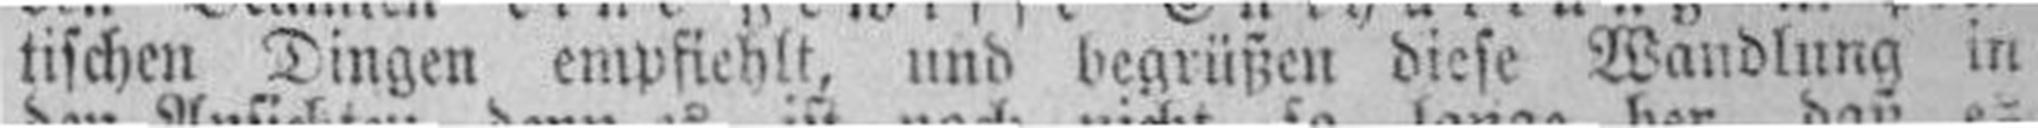
tischen Dingen empfiehlt, und begrüßen diese Wandlung in